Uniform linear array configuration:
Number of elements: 4
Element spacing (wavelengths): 0.75
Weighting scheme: exponential
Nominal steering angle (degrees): -15
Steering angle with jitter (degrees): -15.957
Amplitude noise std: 0.05
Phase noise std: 0.05

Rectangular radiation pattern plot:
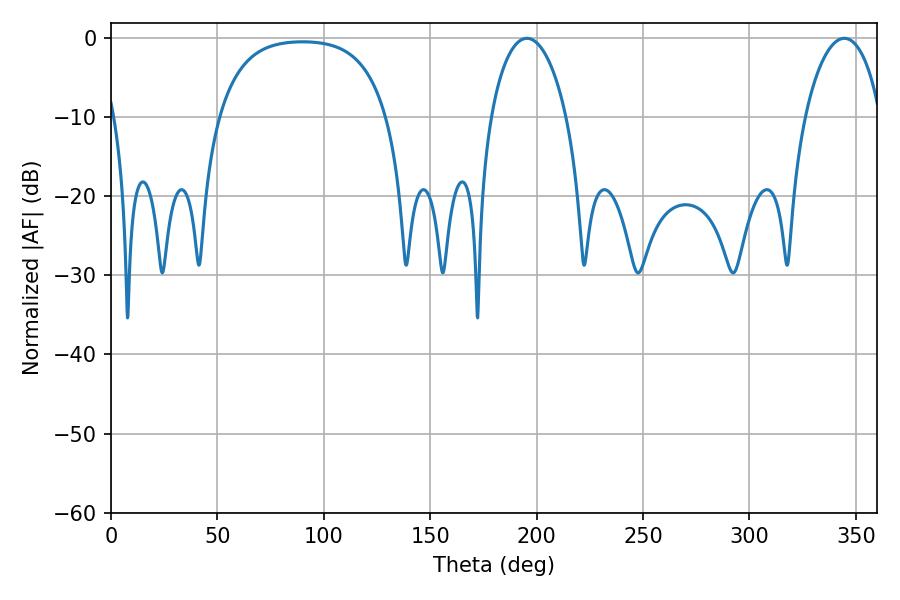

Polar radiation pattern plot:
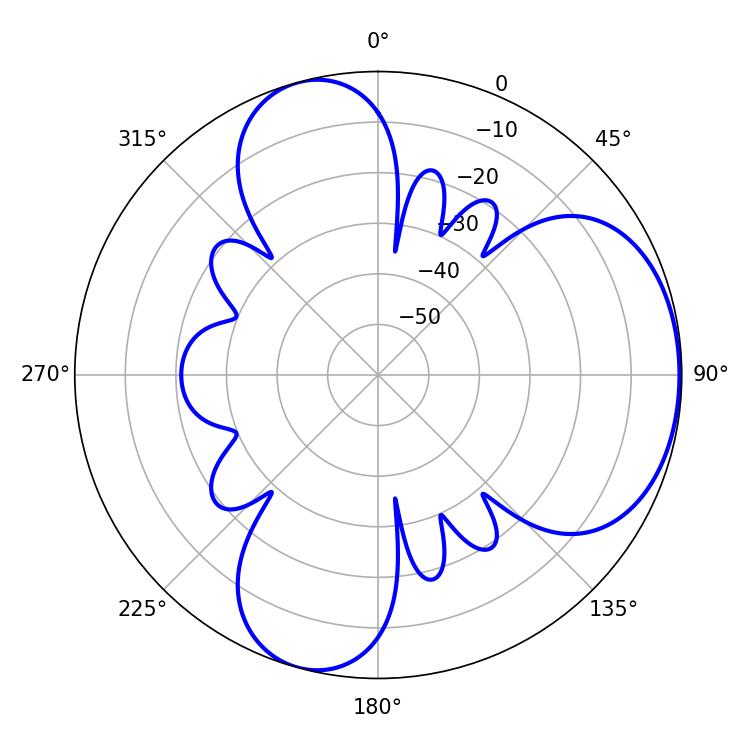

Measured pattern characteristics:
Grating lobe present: TRUE
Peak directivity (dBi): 5.181
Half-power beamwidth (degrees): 20.34
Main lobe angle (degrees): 344.52